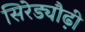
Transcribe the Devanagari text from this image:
सिरेड्यौढ़ी